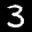
Label: 3